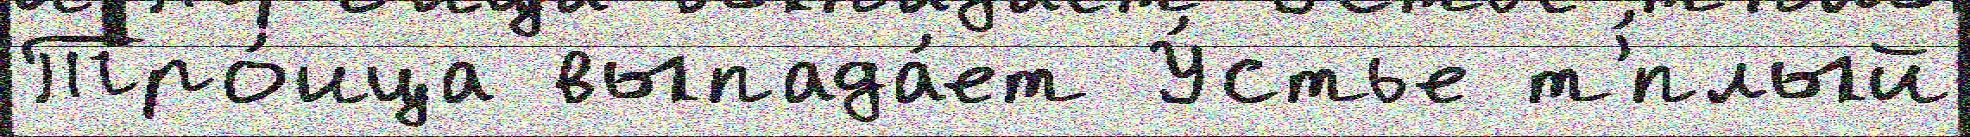
Тро́ица выпада́ет У́стье т'́плый